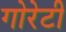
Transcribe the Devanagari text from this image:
गोरेटी